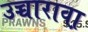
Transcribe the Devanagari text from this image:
उच्चारावा़